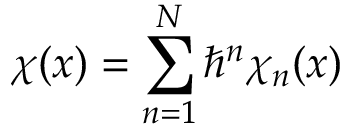
{ \chi } ( x ) = \sum _ { n = 1 } ^ { N } { \hbar } ^ { n } { \chi } _ { n } ( x )